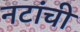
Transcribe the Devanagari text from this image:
नटांची